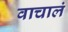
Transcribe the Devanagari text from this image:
वाचालं